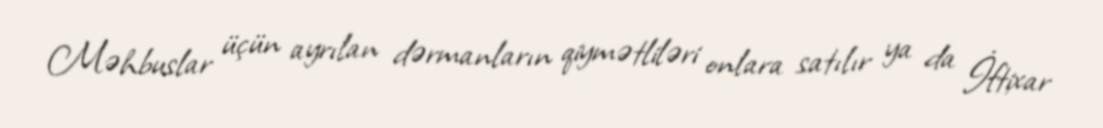
Məhbuslar üçün ayrılan dərmanların qiymətliləri onlara satılır ya da İftixar